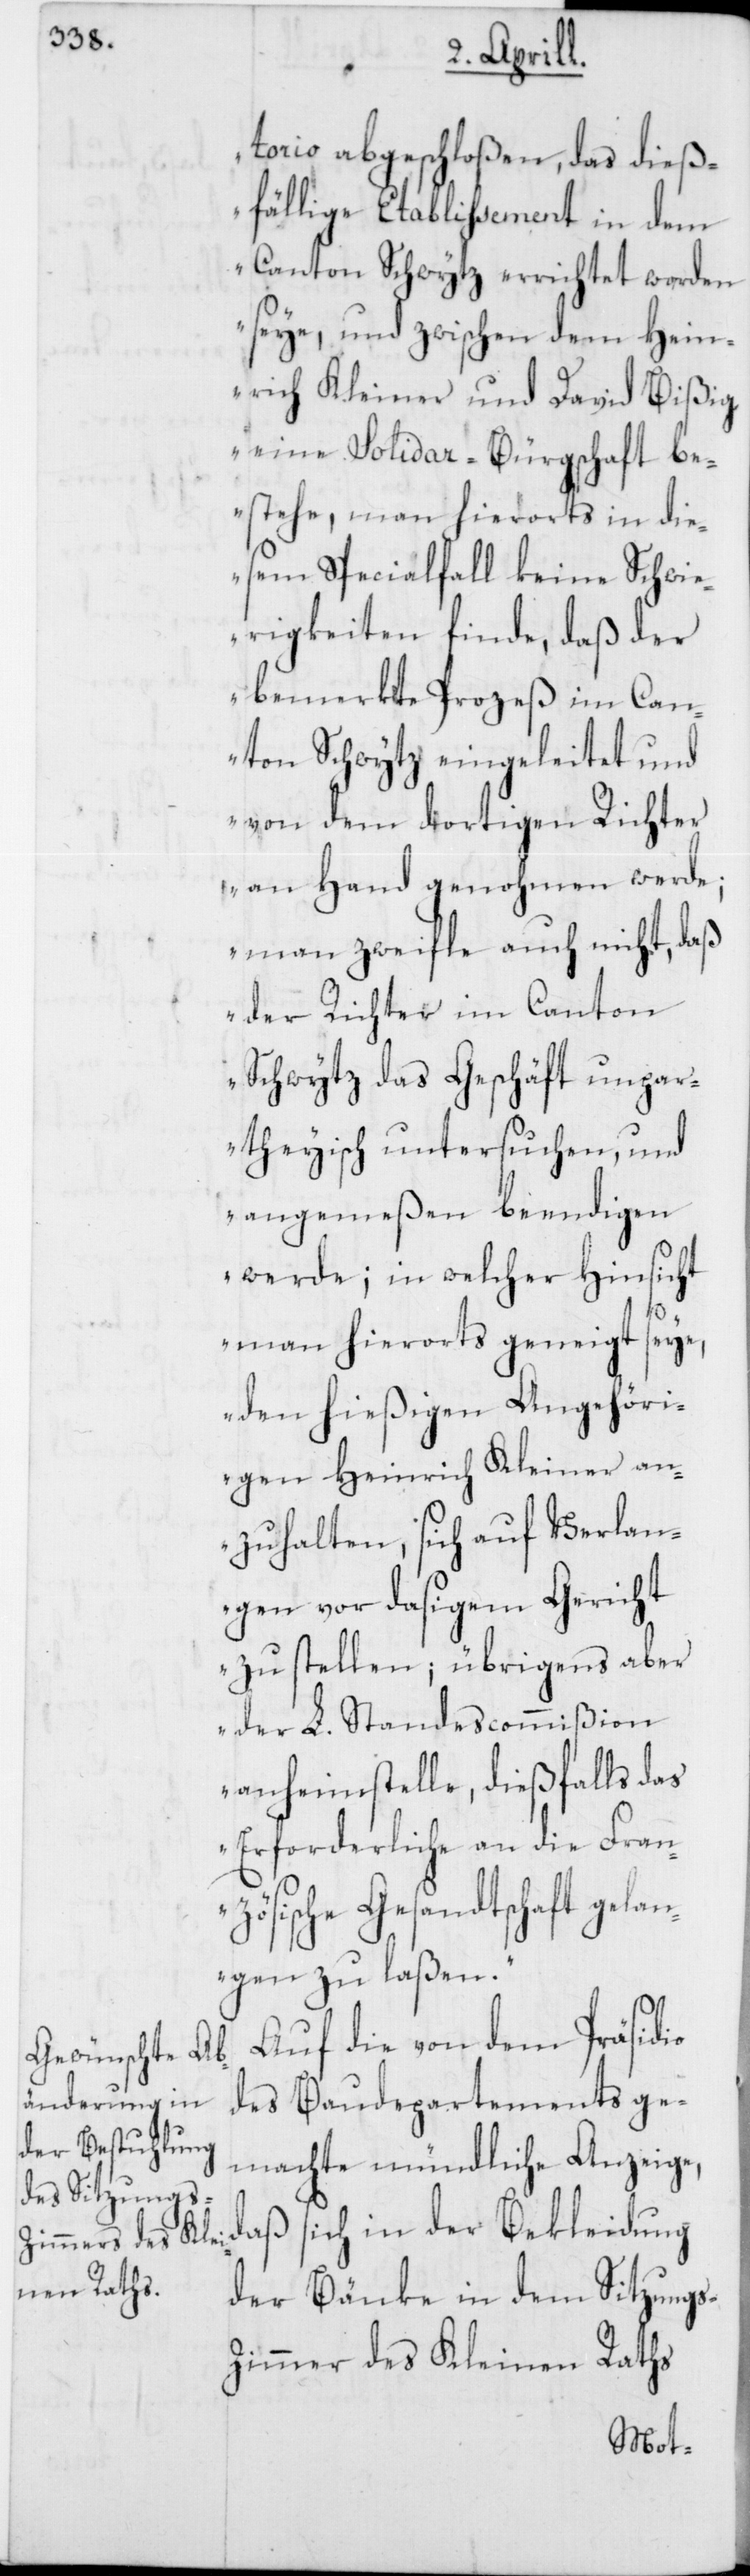
torio abgeschloßen, das dieß¬
fällige Etablißement in dem
Canton Schwytz errichtet worden
seye, und zwischen dem Hein¬
rich Kleiner und David Bißig
eine Solidar-Bürgschaft be¬
stehe, man hierorts in die¬
sem Specialfall keine Schwie¬
rigkeiten finde, daß der
bemerkte Prozeß im Can¬
ton Schwytz eingeleitet und
von dem dortigen Richter
an Hand genohmen werde;
man zweifle auch nicht, daß
der Richter im Canton
Schwytz das Geschäft unpar¬
theysch untersuchen, und
angemeßen beendigen
werde; in welcher Hinsicht
man hierorts geneigt seye,
den hießigen Angehöri¬
gen Heinrich Kleiner an¬
zuhalten, sich auf Verlan¬
gen vor dasigem Gericht
zu stellen; übrigens aber
der L. Standescommißion
anheimstelle, dießfalls das
Erforderliche an die Fran¬
zösische Gesandtschaft gelan¬
gen zu laßen.“
Auf die von dem Präsidio
des Baudepartements ge¬
machte mündliche Anzeige,
daß sich in der Bekleidung
der Bänke in dem Sitzung¬
s-Zimmer des Kleinen Raths